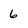
Character: 6